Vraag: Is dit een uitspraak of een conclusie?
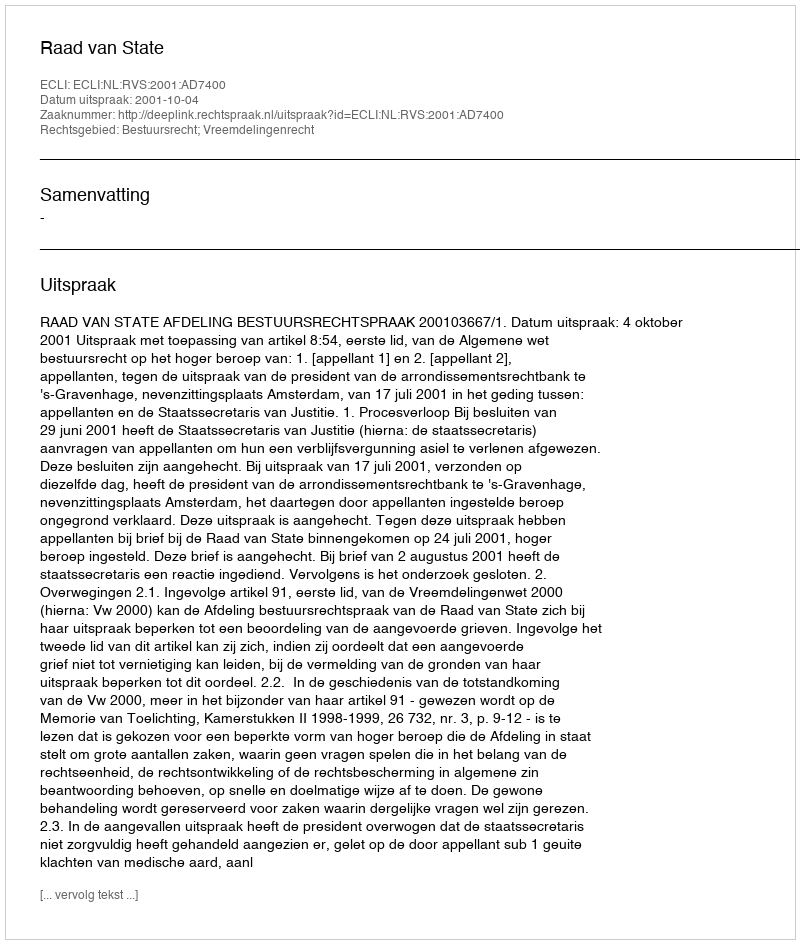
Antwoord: Uitspraak